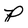
Character: p